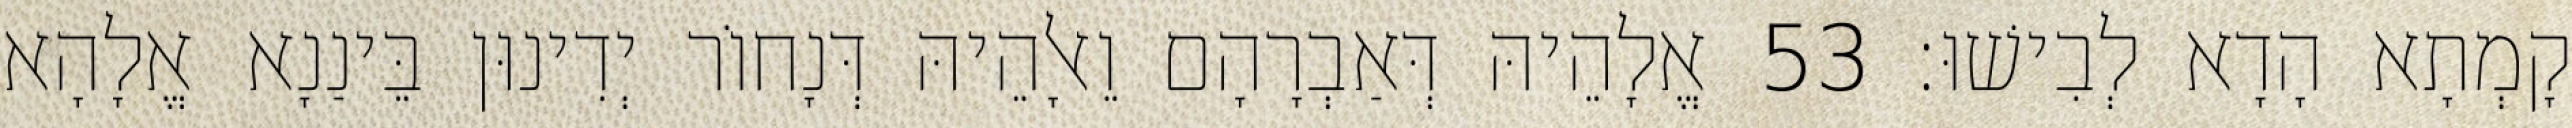
קָמְתָא הָדָא לְבִישׁוּ׃ 53 אֱלָהֵיהּ דְּאַבְרָהָם וֵאלָהֵיהּ דְּנָחוֹר יְדִינוּן בֵּינַנָא אֱלָהָא